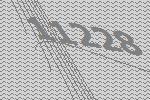
11228